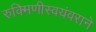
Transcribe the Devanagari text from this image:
रुक्मिणीस्वयंवराने